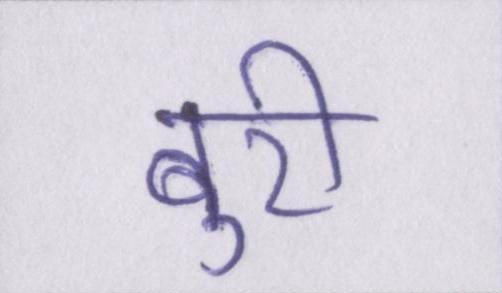
बुरी